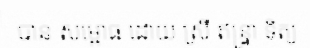
បាន សម្ពោធ ដោយ ស្រី ឥន្ទ្រា ទិត្យ